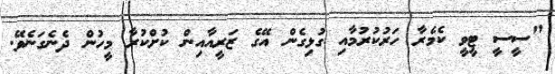
"ސީސީ ޓީވީ ކެމެރާ ހަރުކުރުމާއި ގުޅިގެން އޭގެ ޒަރީއާއިން ކުށްކުރާ މީހުން ދެނެގަނެވޭ.